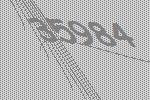
35984